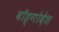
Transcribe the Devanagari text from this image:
बॉङ्गोदेश